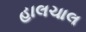
હાલચાલ